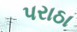
પરાઠા